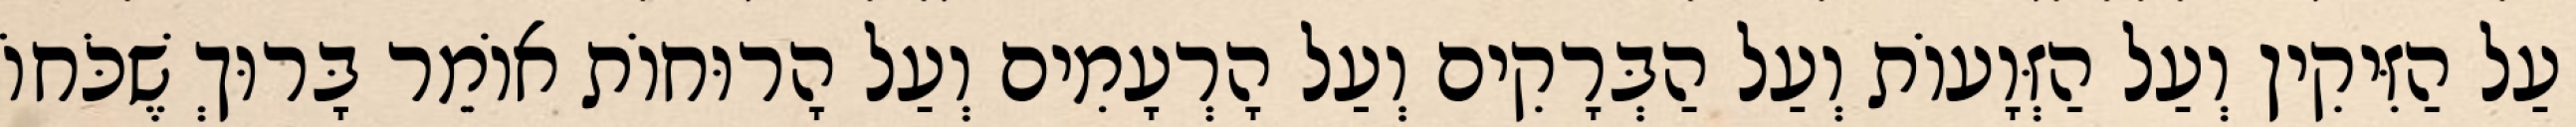
עַל הַזִּיקִין וְעַל הַזְּוָעוֹת וְעַל הַבְּרָקִים וְעַל הָרְעָמִים וְעַל הָרוּחוֹת אוֹמֵר בָּרוּךְ שֶׁכֹּחוֹ